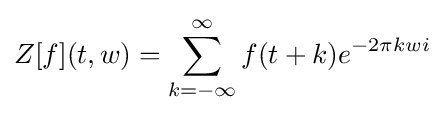
Z[f](t,w)=\sum _{k=-\infty }^{\infty }f(t+k)e^{-2\pi kwi}